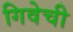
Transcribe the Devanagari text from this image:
गिवेची